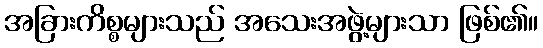
အခြားကိစ္စများသည် အသေးအဖွဲ့များသာ ဖြစ်၏။